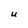
Character: U